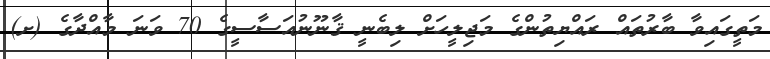
މަތީގައިވާ ބާރުތައް ރައްޔިތުންގެ މަޖިލީހަށް ލިބެނީ ޤާނޫނުއަސާސީގެ 70 ވަނަ މާއްދާގެ (ށ)